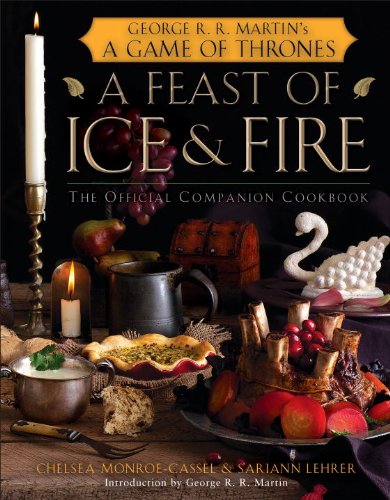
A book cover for A Feast of Ice and Fire: The Official Game of Thrones Companion Cookbook; Chelsea Monroe-Cassel; Science Fiction & Fantasy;